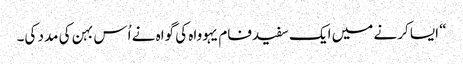
‏“‏ ایسا کرنے میں ایک سفیدفام یہوواہ کی گواہ نے اُس بہن کی مدد کی۔